system: You are a helpful assistant.
user:
Analyze the provided spectrum to determine if it is a **"Cataclysmic Variables (CV)"**.

- **Key Indicators for CV (Check for either state):**
    - **State 1: Quiescent / Low-State (Emission-Dominated)**
        - **(Primary):** Strong and *very broad* Hydrogen Balmer emission lines (e.g., $H\alpha$ at 6563 Å, $H\beta$ at 4861 Å). The 'broadness' (high velocity dispersion, often FWHM > 1000 km/s) is the key diagnostic, indicating a high-velocity accretion disk.
        - **(Secondary):** Broad neutral Helium (He I) emission lines (e.g., 5876 Å, 6678 Å).
        - **(Key Confirmation):** Presence of high-excitation *ionized* Helium (He II) emission at 4686 Å. This is a strong indicator of accretion onto a white dwarf.
        - **(Line Profile):** Emission lines may exhibit a 'double-peaked' profile, which is a classic signature of a rotating accretion disk viewed at high inclination.

    - **State 2: Outburst / High-State (Absorption-Dominated)**
        - **(Primary):** Spectrum is dominated by a bright, blue continuum (looks like a hot star).
        - **(Secondary):** The emission lines from State 1 are weak, absent, or 'filled in', and are replaced by broad, shallow *absorption* lines (primarily Balmer and He I).
        - **(Morphology):** The overall spectrum mimics a hot B/A-type star. The crucial difference is that the absorption lines are significantly broader, shallower, and more 'washed-out' (or 'smeared') than the sharp lines of a normal stellar photosphere, due to high rotational speeds and pressure broadening in the disk.

Think first, call **spectral_visualization_tool** if needed to examine features in detail, then provide your final answer. Your response must adhere to the following strict rules:
1.  **Overall Structure:** Your response must follow the format `<think>...</think> <tool_call>...</tool_call> (if a tool is used) <answer>...</answer>`.
2.  **Tool Usage Constraint:** You may only make **one** tool call per turn.
3.  **Final Answer Format:** In the `<answer>` tag, your conclusion must be inside a `\boxed{}` command (e.g., `\boxed{YES}`), followed by your justification.

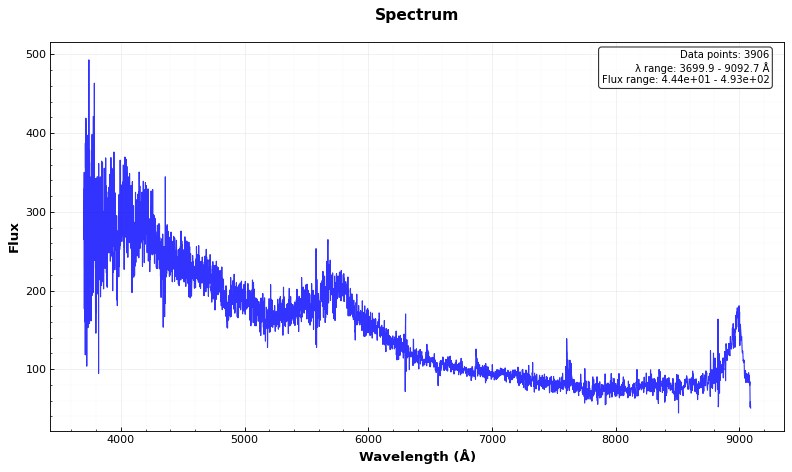
Answer: NO